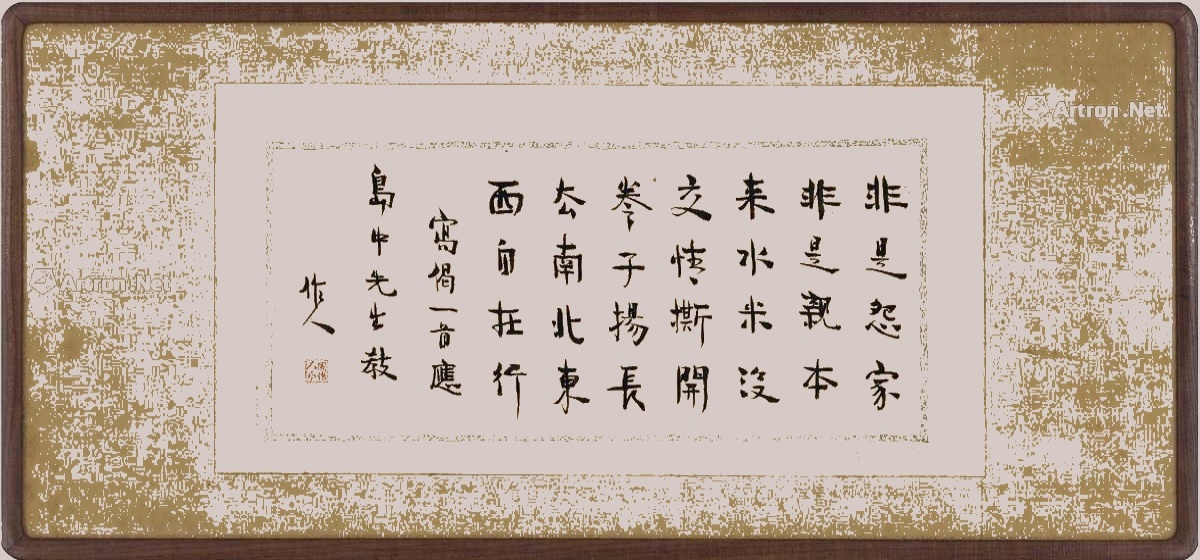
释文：非是怨家非是亲，本来水米没交情。撕开卷子扬长去，南北东西自在行。写偈一首，应岛中先生教，作人。